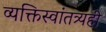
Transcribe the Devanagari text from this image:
व्यक्तिस्वांतत्र्यही